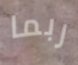
ربما